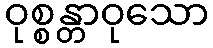
ဝုစ္စန္တာဝုသော